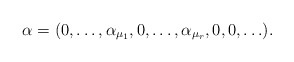
\begin{align*}\alpha=(0,\ldots,\alpha_{\mu_1},0,\ldots,\alpha_{\mu_r},0,0,\ldots).\end{align*}